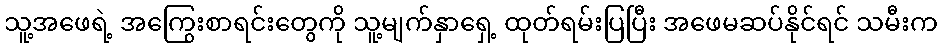
သူ့အဖေရဲ့ အကြွေးစာရင်းတွေကို သူ့မျက်နှာရှေ့ ထုတ်ရမ်းပြပြီး အဖေမဆပ်နိုင်ရင် သမီးက